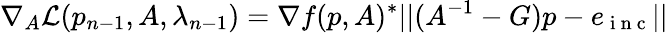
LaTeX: \nabla_{A}\mathcal{L}(p_{n-1},A,\lambda_{n-1})=\nabla f(p,A)^{*}||(A^{-1}-G)p-e_{\mathrm{~i~n~c~}}||